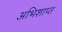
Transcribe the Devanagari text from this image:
अभिशाप्त